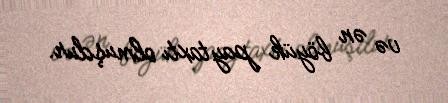
və ən böyük paytaxtı olmuşdur.